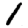
Digit: 1